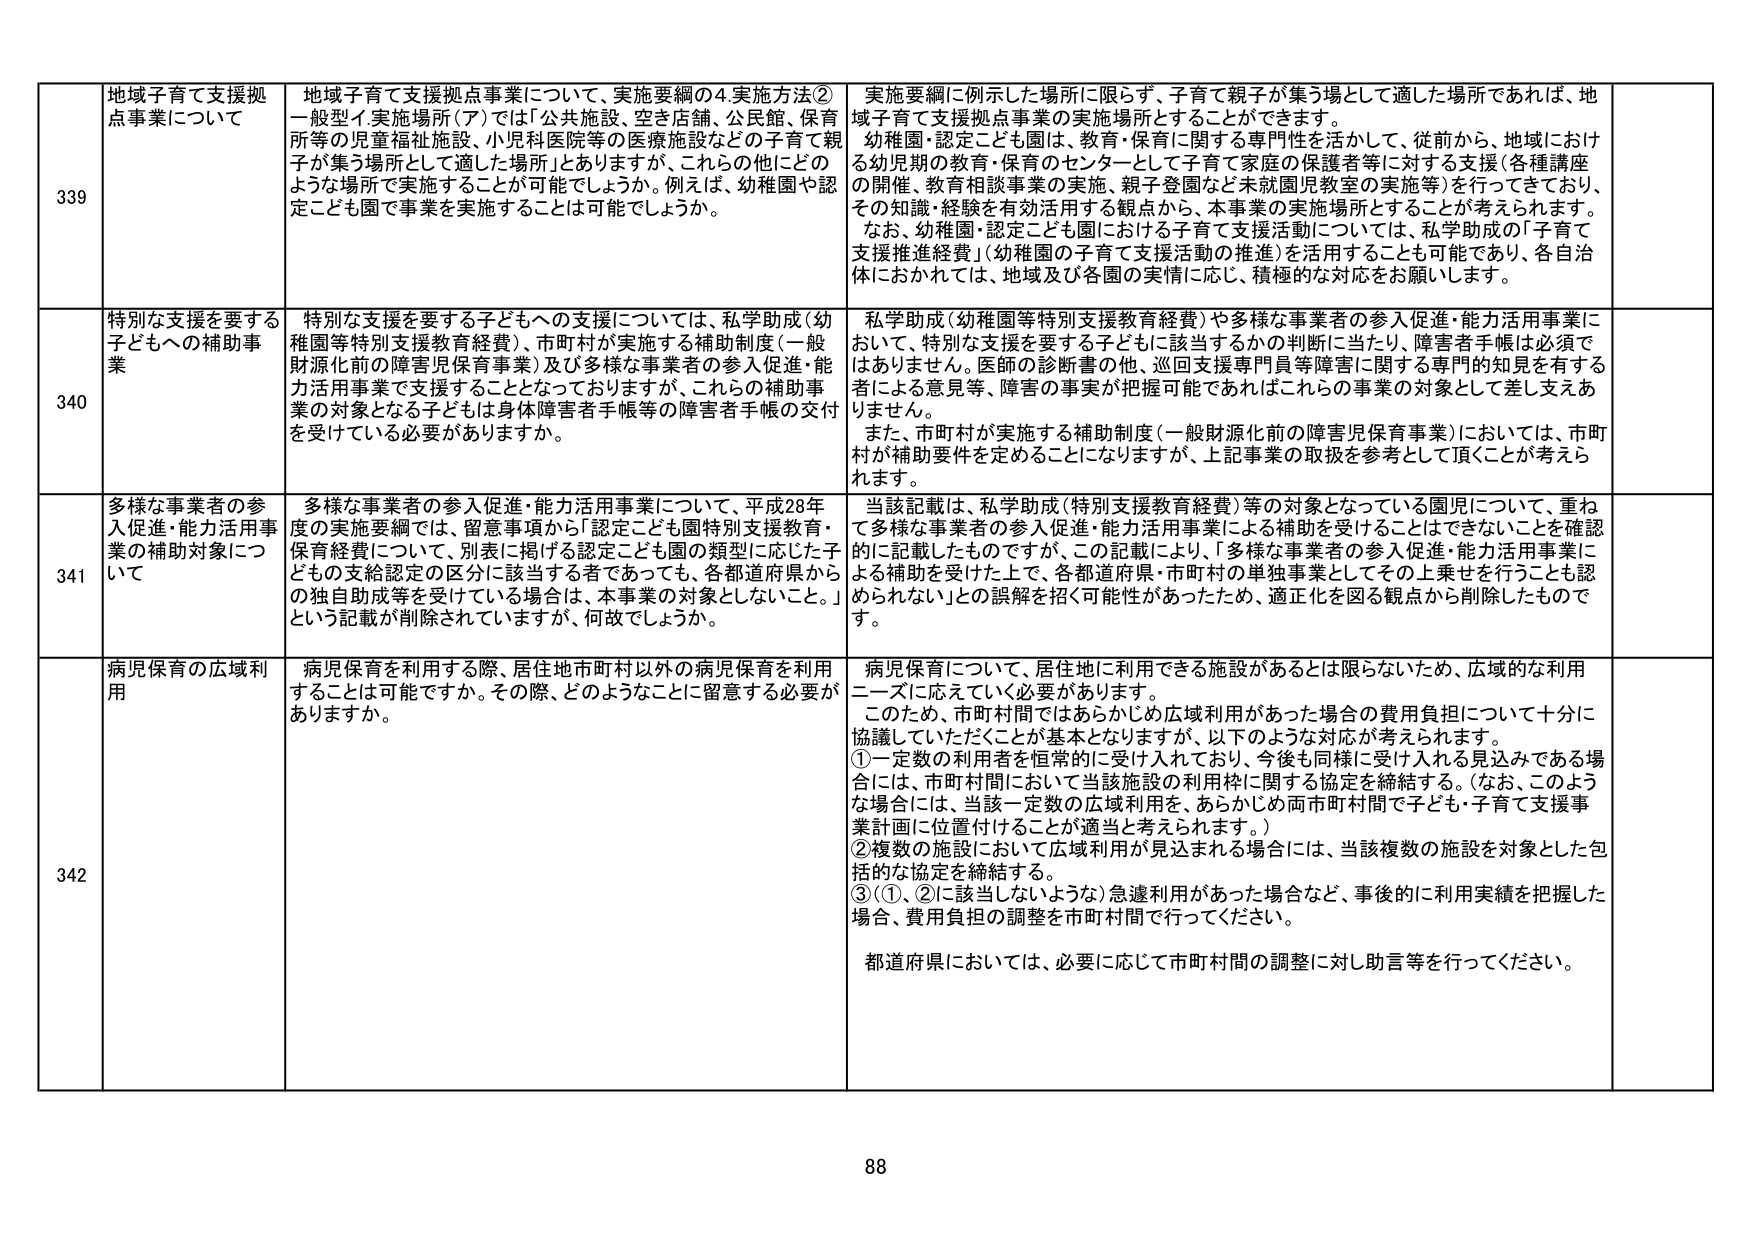
339 地域子育て支援拠点事業について
地域子育て支援拠点事業について、実施要綱の4.実施方法②一般型イ実施場所（ア）では「公共施設、空き店舗、公民館、保育所等の児童福祉施設、小児科医院等の医療施設などの子育て親子が集う場所として適した場所」とありますが、これら他のどのような場所で実施することが可能でしょうか。例えば、幼稚園や認定こども園で事業を実施することは可能でしょうか。
実施要綱に例示した場所に限らず、子育て親子が集う場所として適した場所であれば、地域子育て支援拠点事業の実施場所とすることができます。
幼稚園・認定こども園は、教育・保育に関する専門性を活かして、従前から、地域における幼児期の教育・保育のセンターとして子育て家庭の保護者等に対する支援（各種講座の開催、教育相談事業の実施、親子登園など未就園児教室の実施等）を行ってきており、その知識・経験を有効活用する観点から、本事業の実施場所とすることが考えられます。
なお、幼稚園・認定こども園における子育て支援活動については、私学助成の「子育て支援推進経費」（幼稚園の子育て支援活動の推進）を活用することも可能であり、各自治体におかれては、地域及び各園の実情に応じ、積極的な対応をお願いします。

340 特別な支援を要する子どもへの補助事業
特別な支援を要する子どもへの支援については、私学助成（幼稚園等特別支援教育経費）、市町村が実施する補助制度（一般財源化前の障害児保育事業）及び多様な事業者の参入促進・能力活用事業で支援することとなっておりますが、これらの補助事業の対象となる子どもは身体障害者手帳等の障害者手帳の交付を受けている必要がありますか。
私学助成（幼稚園等特別支援教育経費）や多様な事業者の参入促進・能力活用事業において、特別な支援を要する子どもに該当するかの判断に当たり、障害者手帳は必須ではありません。医師の診断書の他、巡回支援専門員等障害に関する専門的知見を有する者による意見等、障害の事実が把握可能であればこれらの事業の対象として差し支えありません。
また、市町村が実施する補助制度（一般財源化前の障害児保育事業）においては、市町村が補助要件を定めることになりますが、上記事業の取扱を参考として頂くことが考えられます。

341 多様な事業者の参入促進・能力活用事業の補助対象について
多様な事業者の参入促進・能力活用事業について、平成28年度の実施要綱では、留意事項から「認定こども園特別支援教育・保育経費について、別表に掲げる認定こども園の類型に応じた子どもの支給認定の区分に該当する者であっても、各都道府県からの独自助成等を受けている場合は、本事業の対象としないこと。」という記載が削除されていますが、何故でしょうか。
当該記載は、私学助成（特別支援教育経費）等の対象となっている園児について、重ねて多様な事業者の参入促進・能力活用事業による補助を受けることはできないことを確実的に記載したものですが、この記載により、「多様な事業者の参入促進・能力活用事業による補助を受けた上で、各都道府県・市町村の単独事業としてその上乗せを行うことも認められない」との誤解を招く可能性があったため、適正化を図る観点から削除したものです。

342 病児保育の広域利用
病児保育を利用する際、居住地市町村以外の病児保育を利用することは可能ですか。その際、どのようなことに留意する必要がありますか。
病児保育について、居住地に利用できる施設があるとは限らないため、広域的な利用ニーズに応えていく必要があります。
このため、市町村間ではあらかじめ広域利用があった場合の費用負担について十分に協議していただくことが基本となりますが、以下のような対応が考えられます。
①一定数の利用者を恒常的に受け入れており、今後も同様に受け入れる見込みである場合には、市町村間において当該施設の利用枠に関する協定を締結する。（なお、このような場合には、当該一定数の広域利用を、あらかじめ両市町村間で子ども・子育て支援事業計画に位置付けることが適当と考えられます。）
②複数の施設において広域利用が見込まれる場合には、当該複数の施設を対象とした包括的な協定を締結する。
③（①、②に該当しないような）急遽利用があった場合など、事後に利用実績を把握した場合、費用負担の調整を市町村間で行ってください。
都道府県においては、必要に応じて市町村間の調整に対し助言等を行ってください。

88